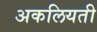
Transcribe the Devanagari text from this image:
अकलियती